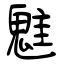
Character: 魋